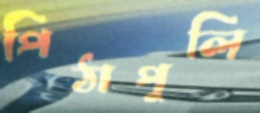
পিঠাপুলি